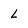
Character: L